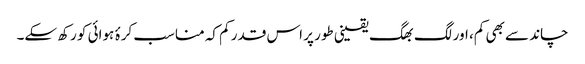
چاند سے بھی کم، اور لگ بھگ یقینی طور پر اس قدر کم کہ مناسب کرۂ ہوائی کو رکھ سکے۔